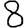
Digit: 8